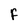
Character: f